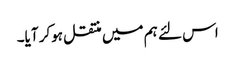
اس لئے ہم میں منتقل ہوکر آیا۔